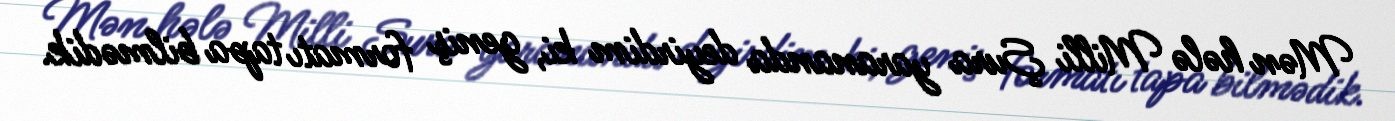
Mən hələ Milli Şura yarananda deyirdim ki, geniş formatı tapa bilmədik.